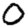
Digit: 0